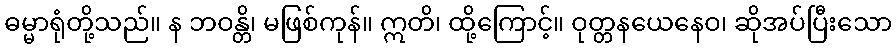
ဓမ္မာရုံတို့သည်။ န ဘဝန္တိ၊ မဖြစ်ကုန်။ ဣတိ၊ ထို့ကြောင့်။ ဝုတ္တနယေနေဝ၊ ဆိုအပ်ပြီးသော